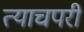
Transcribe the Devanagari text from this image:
त्याचपरी